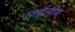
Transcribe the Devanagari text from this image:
भाईलोग